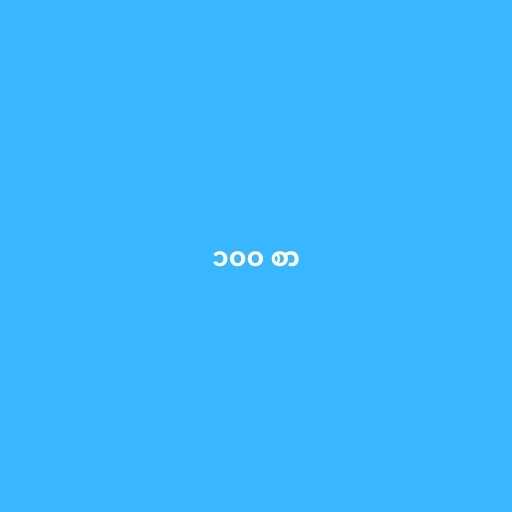
၁၀၀ စာ